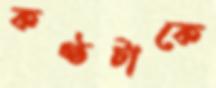
কণ্ঠটাকে